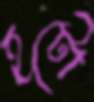
হটো